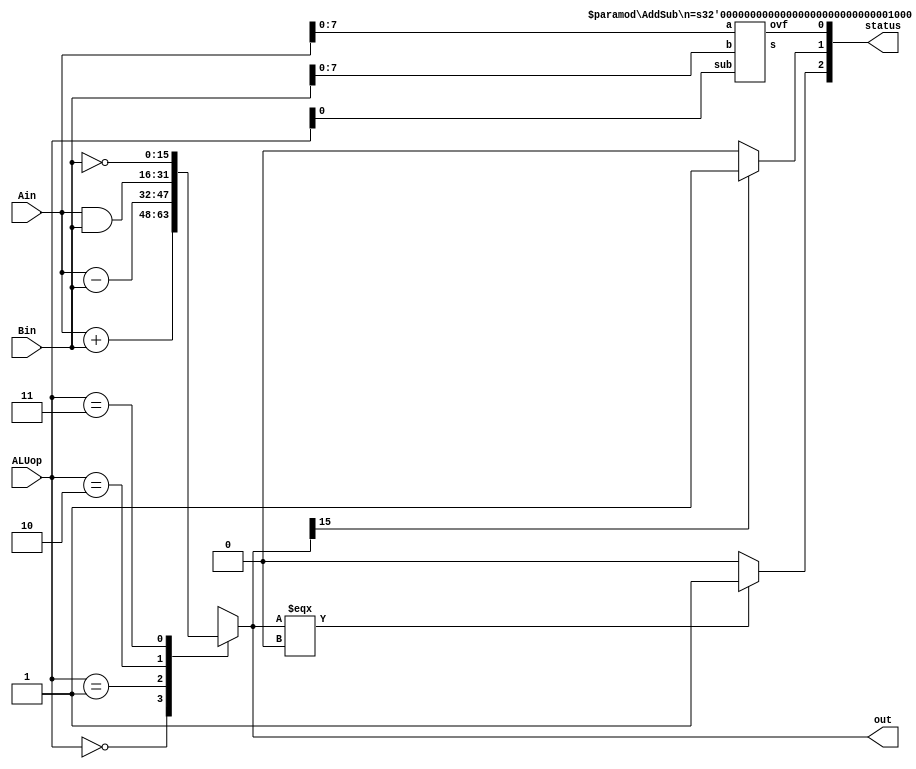
module ALU(Ain,Bin,ALUop,out,status);

 input [15:0] Ain, Bin;
 input [1:0] ALUop;
 output [15:0] out;
 output [2:0]status;
reg[15:0] out;
wire [7:0] as_out;



//sub = ALUop == 2'b01;
AddSub #(8)add(Ain[7:0], Bin[7:0], ALUop[0],as_out, ovf); // Add or subtract and then assign the value for overflow accordingly


always@(*)begin
// Assign output depending on the ALUop
  case (ALUop)
 2'b00: out = Ain + Bin; //{{8{as_out[7]}},as_out};
 2'b01: out = Ain - Bin; //{{8{as_out[7]}},as_out};
 2'b10: out = Ain & Bin;
 2'b11: out = ~Bin;
 default out = 16'bxxxxxxxxxxxxxxxx;
endcase
end

wire Z = (out === 16'b0) ? 1'b1:1'b0;
wire neg = out[15] ? 1'b1:1'b0;
assign status = {Z,neg,ovf};
 
endmodule


module AddSub(a, b, sub, s, ovf);
  parameter n = 8;
 input [n-1:0] a, b;
 input sub; 
 
 output [n-1:0] s;
 output ovf;
 
 wire c1, c2;
 wire ovf = c1 ^ c2;
//adding non sign bits
 Adder1 #(n-1)ai(a[n-2:0], b[n-2:0]^{n-1{sub}},sub,c1,s[n-2:0]);
//adding sign bits
 Adder1 #(1)as(a[n-1],b[n-1]^sub,c1,c2,s[n-1]);
endmodule


module Adder1(a,b,cin,cout,s);
  parameter n = 8;
 input [n-1:0] a, b;
 input cin;
 output [n-1:0] s;
 output cout;
 wire [n-1:0] s;
 wire cout;
 assign {cout, s} = a + b + cin;
endmodule